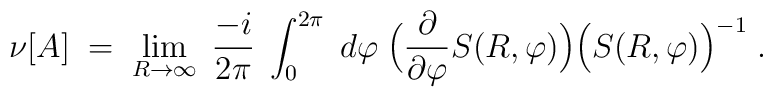
\nu [ A ] \; = \; \lim_{R \rightarrow \infty} \;\frac{-i}{2 \pi} \; \int_{0}^{2\pi} \; d \varphi \;\Big(\frac{\partial}{\partial \varphi} S(R,\varphi)\Big)\Big(S(R,\varphi)\Big)^{-1} \; .